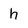
Character: h